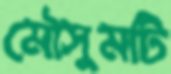
মৌসুমটি